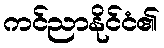
ကင်ညာနိုင်ငံ၏